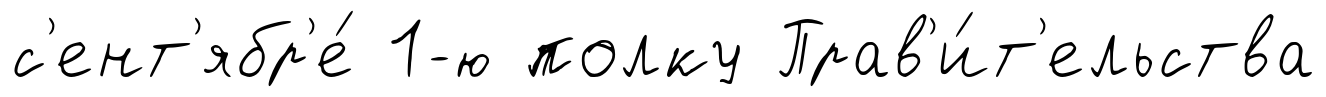
с'ент'ябр'е́ 1-ю полку Прав'и́т'ельства